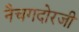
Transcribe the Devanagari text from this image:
नैचगदोरजी